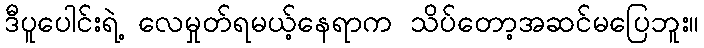
ဒီပူပေါင်းရဲ့ လေမှုတ်ရမယ့်နေရာက သိပ်တော့အဆင်မပြေဘူး။